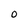
Character: O